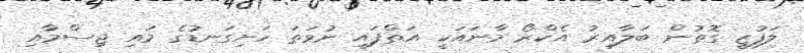
ލަފުޒީ ގޮތުން ބަލާއިރު އެކްރޯ މާނައަކީ އަތްފައި ނުވަތަ ހަށިގަނޑުގެ މައި ޖިސްމާއި